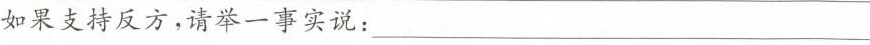
如果支持反方，请举一事实说：___